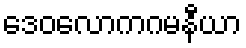
ဒေဝလောကဂမနီယာ